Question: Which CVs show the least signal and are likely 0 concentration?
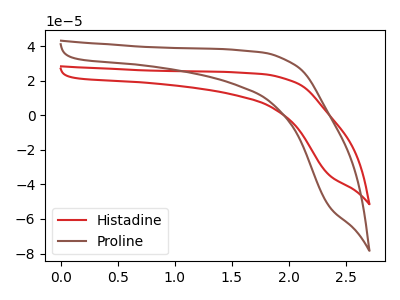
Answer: <think>The red curve "Histadine" has no peaks. The brown curve "Proline" has no peaks.</think>
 <answer>"Histadine" and "Proline" are likely to be blanks.</answer>
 <eval>"Histadine", "Proline"</eval>